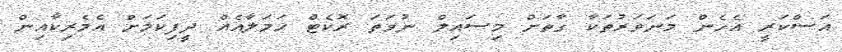
އަސްކަރީ އެހެން މަނަވަރުތަކާ ގާތަށް މިސައިލް ނުވަތަ ރޮކެޓް ހަމަލާއެއް ދީފިކަމަށް އެމެރިކާއިން